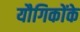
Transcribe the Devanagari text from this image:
यौगिकोंके